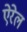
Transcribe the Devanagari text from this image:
ऐरेल